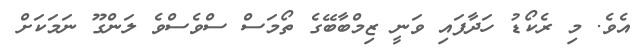
އެވެ. މި ރެކޯޑު ހަދާފައި ވަނީ ޒިމްބާބޭގެ ތޯމަސް ސްވެސްވެ ލަންގޫ ނަމަކަށް